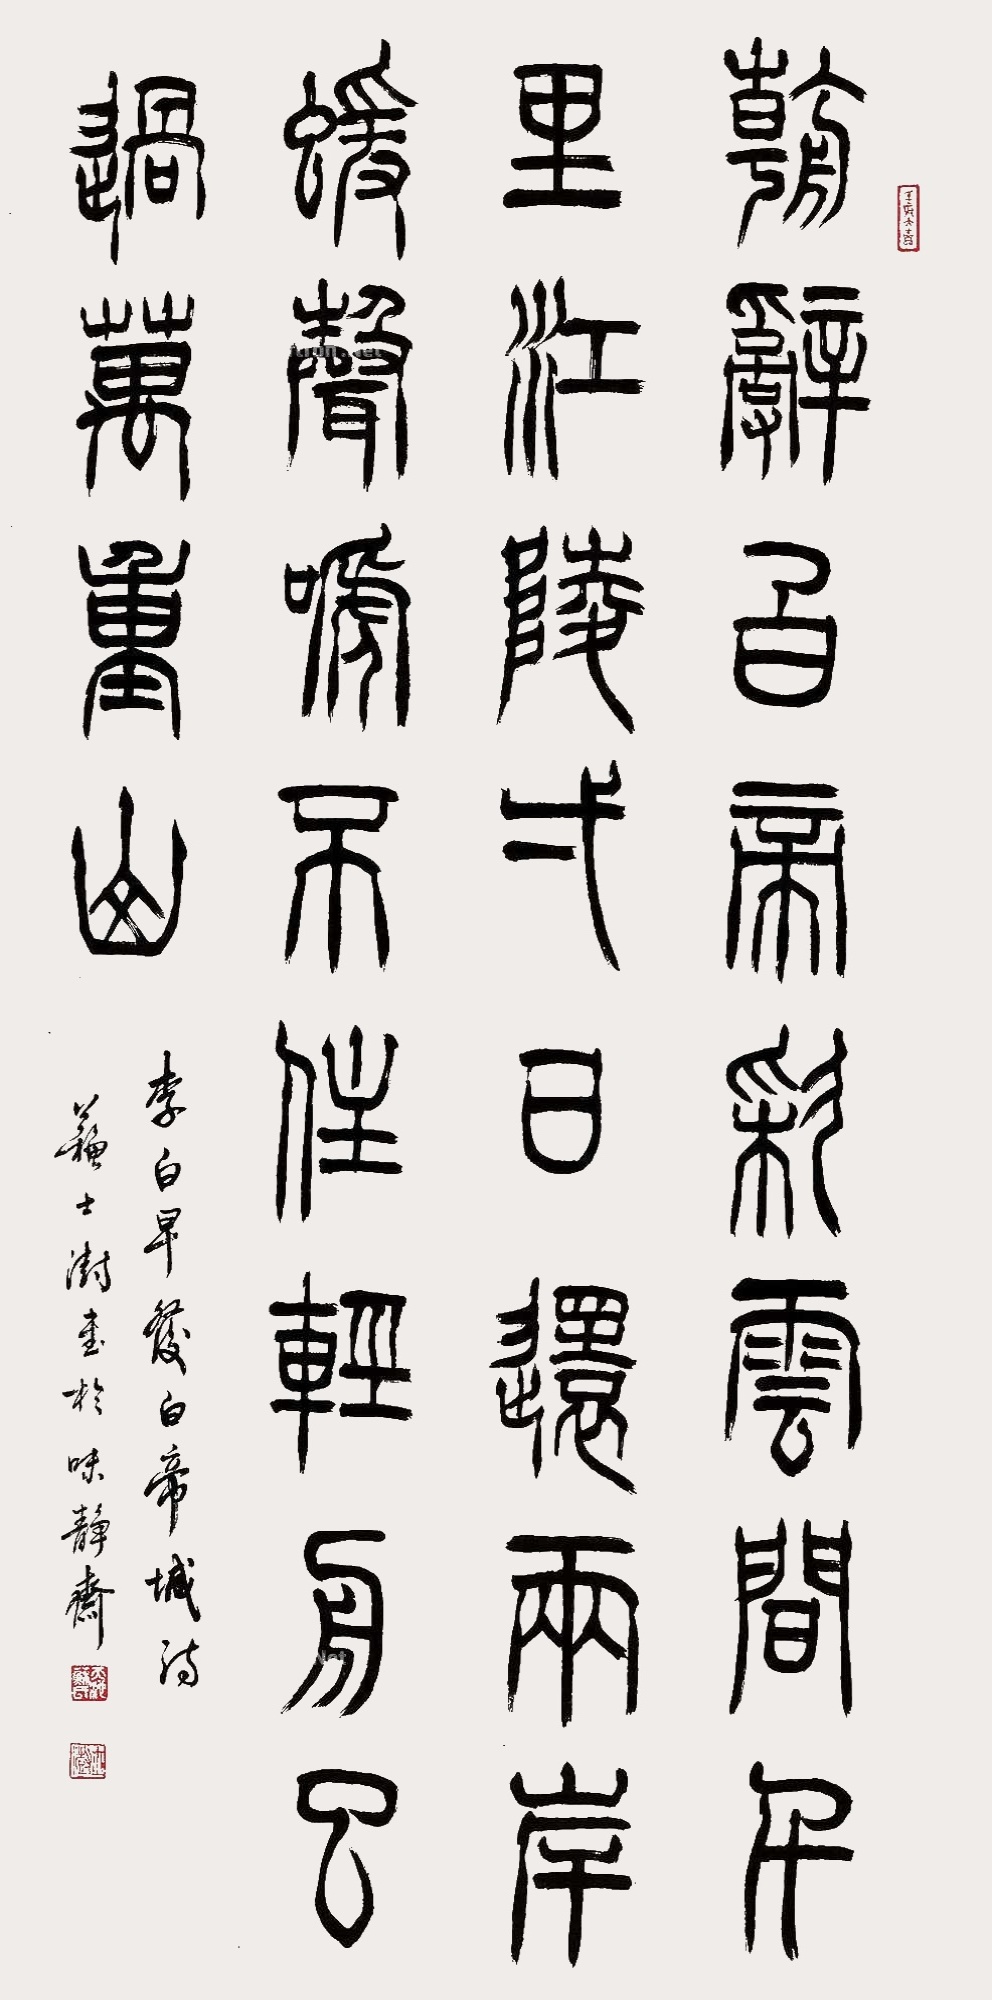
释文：朝辞白帝彩云间，千里江陵一日还。两岸猿声啼不住，轻舟已过万重山。李白早发白帝城诗，苏士澍画于味静斋。